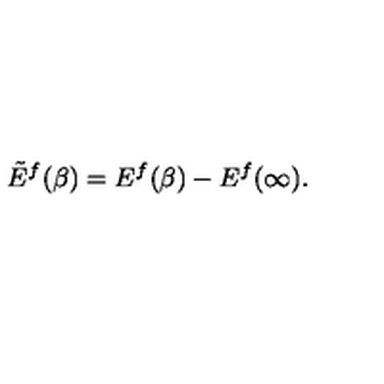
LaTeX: \tilde { E } ^ { f } ( \beta ) = E ^ { f } ( \beta ) - E ^ { f } ( \infty ) .